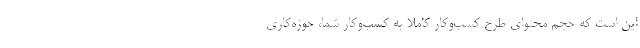
این است که حجم محتوای طرح کسب‌وکار کاملا به کسب‌وکار شما، حوزه‌کاری